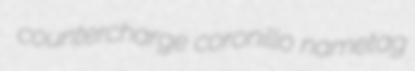
countercharge coronillo nametag